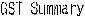
GST SUMMARY